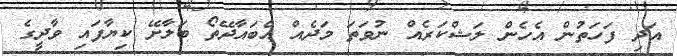
އަދި ފަހަތުން އެހެން ލަޝްކަރެއް ނުވަތަ މަދެއް އެބައާދޭތޯ ބަލާށޭ ކިޔާފައި ވާދީގެ